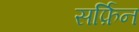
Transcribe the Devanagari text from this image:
सर्फ़िन